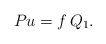
\begin{align*}P u=f \,Q_1.\end{align*}